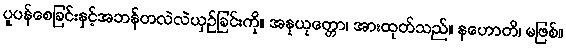
ပူပန်စေခြင်းနှင့်အဘန်တလဲလဲယှဉ်ခြင်းကို။ အနုယုတ္တော၊ အားထုတ်သည်။ နဟောတိ၊ မဖြစ်။